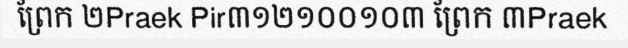
ព្រែក ២Praek Pir៣១២១០០១០៣ ព្រែក ៣Praek